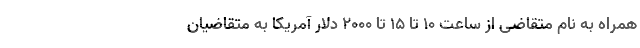
همراه به نام متقاضی از ساعت ۱۰ تا ۱۵ تا ۲۰۰۰ دلار آمریکا به متقاضیان